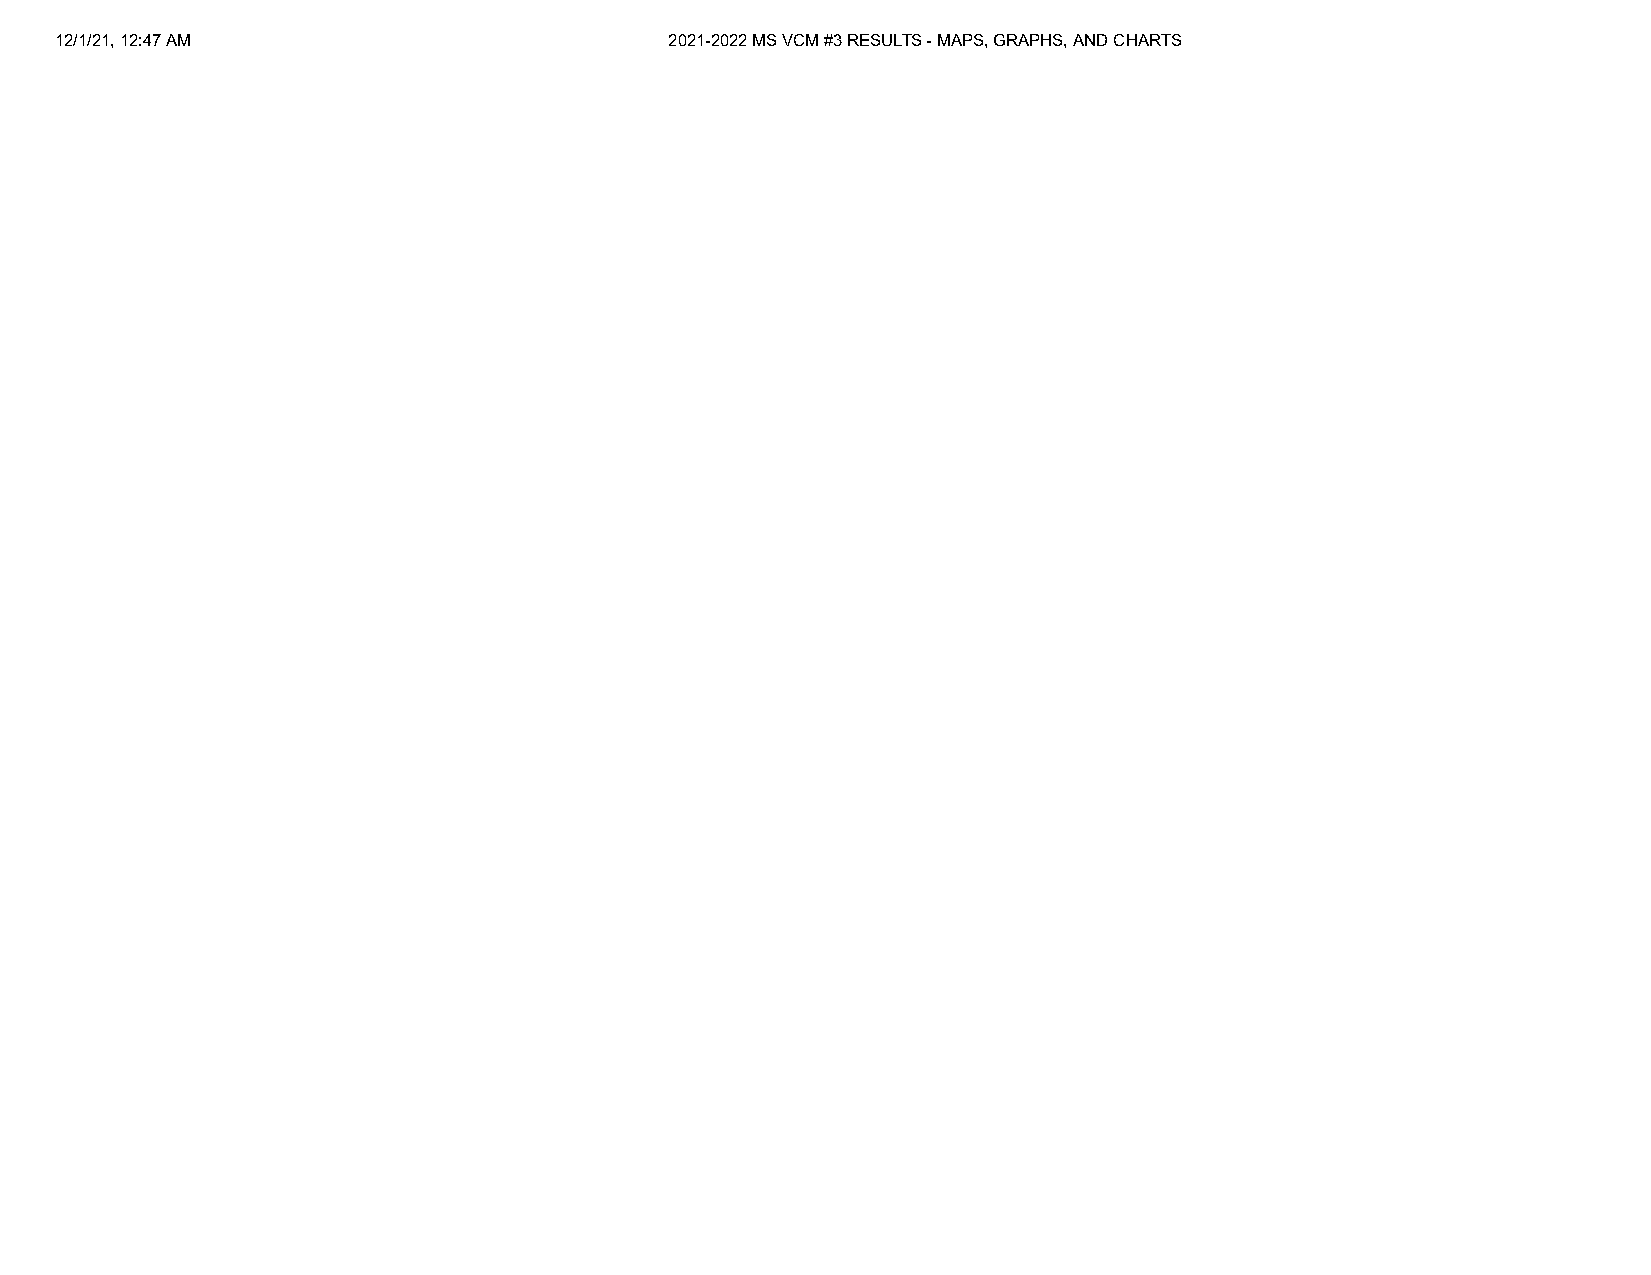
12/1/21, 12:47 AM                       2021-2022 MS VCM #3 RESULTS - MAPS, GRAPHS, AND CHARTS